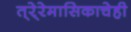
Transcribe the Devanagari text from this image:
त्रे्रेमासिकाचेही